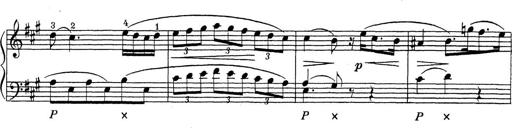
Title: ÄŒeskÃ© Sonatiny
Composer: Various